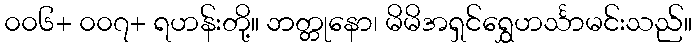
၀၀၆+ ၀၀၇+ ရဟန်းတို့။ ဘတ္တုနော၊ မိမိအရှင်ရွှေဟင်္သာမင်းသည်။